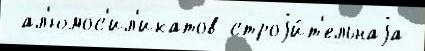
 ал'юмос'ил'икатов строjи́т'ельнаjа